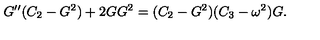
G ^ { \prime \prime } ( C _ { 2 } - G ^ { 2 } ) + 2 G G ^ { 2 } = ( C _ { 2 } - G ^ { 2 } ) ( C _ { 3 } - \omega ^ { 2 } ) G .